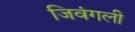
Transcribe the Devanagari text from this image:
जिवंगली